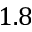
1 . 8